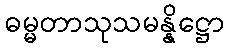
ဓမ္မတာသုသမန္နိဋ္ဌော